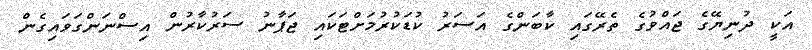
އަކީ ދުނިޔޭގެ ޖައްވުގެ ތެރޭގައި ކާބަންގެ އަސަރު ކުޑަކުރުމަށްޓަކައި ޖަޕާނު ސަރުކާރުން އިސްނަންގަވައިގެން